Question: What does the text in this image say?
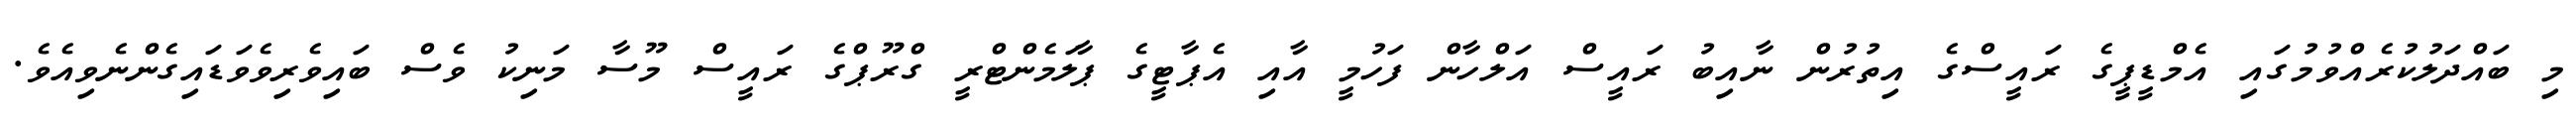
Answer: މި ބައްދަލުކުރެއްވުމުގައި އެމްޑީޕީގެ ރައީސްގެ އިތުރުން ނާއިބު ރައީސް އަލްހާން ފަހުމީ އާއި އެޕާޓީގެ ޕާލަމެންޓްރީ ގްރޫޕްގެ ރައީސް މޫސާ މަނިކު ވެސް ބައިވެރިވެވަޑައިގެންނެވިއެވެ.